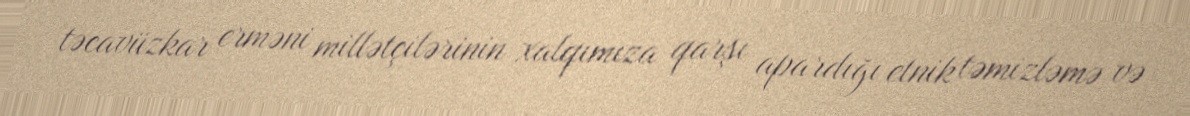
təcavüzkar erməni millətçilərinin xalqımıza qarşı apardığı etnik təmizləmə və